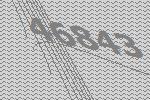
46843